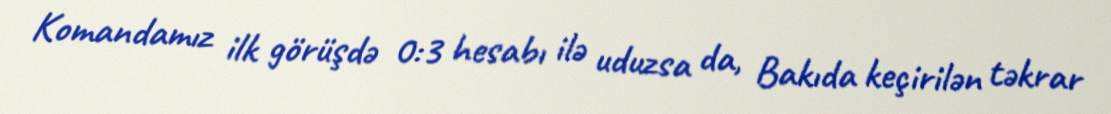
Komandamız ilk görüşdə 0:3 hesabı ilə uduzsa da, Bakıda keçirilən təkrar